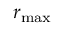
r _ { \mathrm { m a x } }